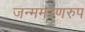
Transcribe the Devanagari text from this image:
जन्ममरणरुप